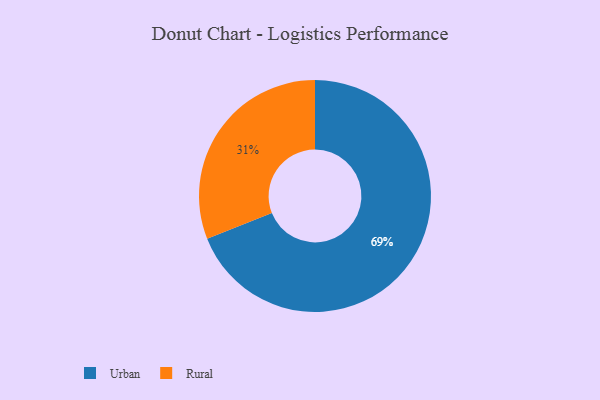
{"axis": {"x": "Category", "y": "Percentage"}, "legend": ["Rural", "Urban"], "data": [{"x": "Urban", "y": 69, "type": "Urban"}, {"x": "Rural", "y": 31, "type": "Rural"}]}